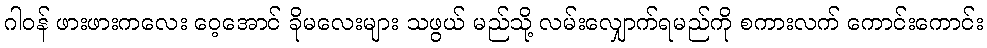
ဂါဝန် ဖားဖားကလေး ဝေ့အောင် ခိုမလေးများ သဖွယ် မည်သို့ လမ်းလျှောက်ရမည်ကို စကားလက် ကောင်းကောင်း